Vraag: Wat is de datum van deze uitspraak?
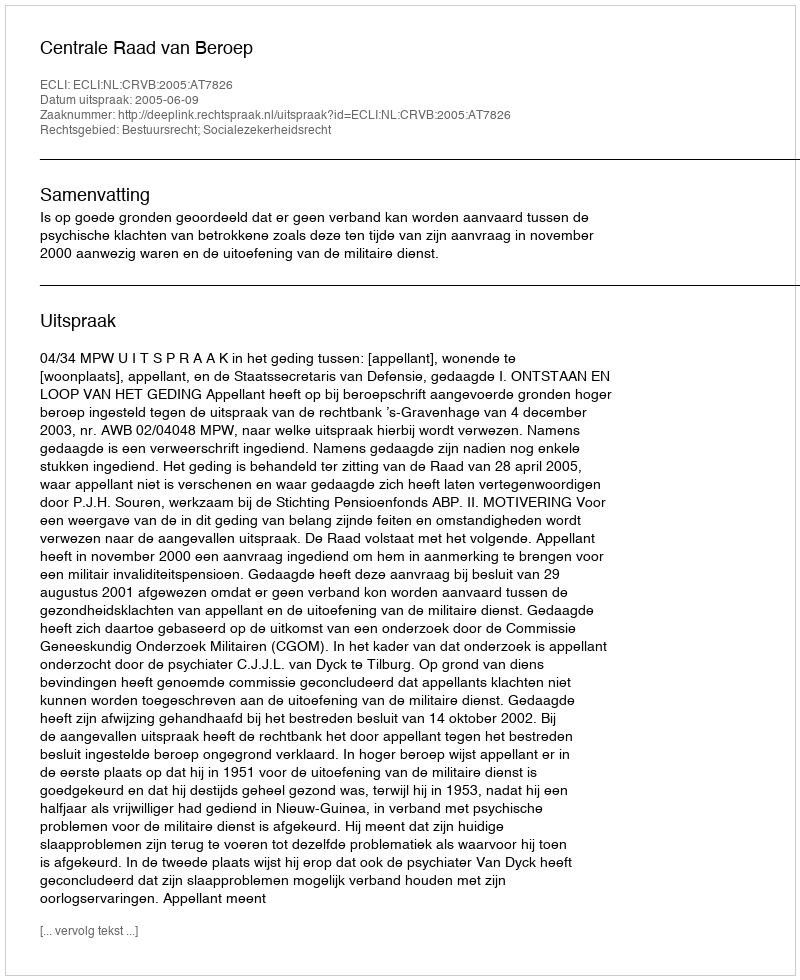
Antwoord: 2005-06-09